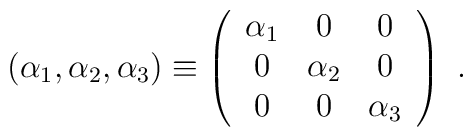
(\alpha_1, \alpha_2, \alpha_3) \equiv \left(\begin{array}{ccc}    \alpha_1 & 0 & 0  \\     0 & \alpha_2 & 0 \\     0 & 0 & \alpha_3 \\  \end{array} \right)~.~\,